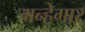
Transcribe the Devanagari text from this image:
गन्हेगार